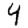
Digit: 4